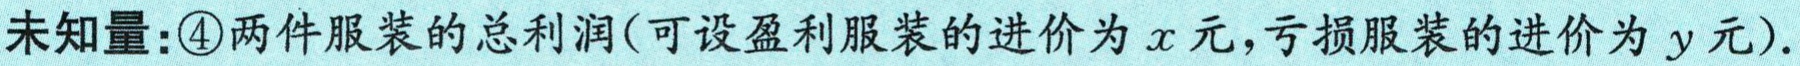
未知量：\textcircled{4}两件服装的总利润(可设盈利服装的进价为\(x\)元，亏损服装的进价为\(y\)元).